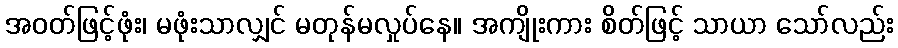
အဝတ်ဖြင့်ဖုံး၊ မဖုံးသာလျှင် မတုန်မလှုပ်နေ။ အကျိုးကား စိတ်ဖြင့် သာယာ သော်လည်း